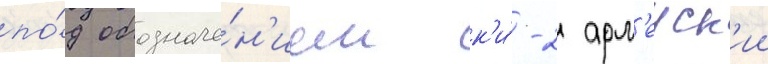
по́д обозначе́н'ием к'и́-2 арм'еиск'ии